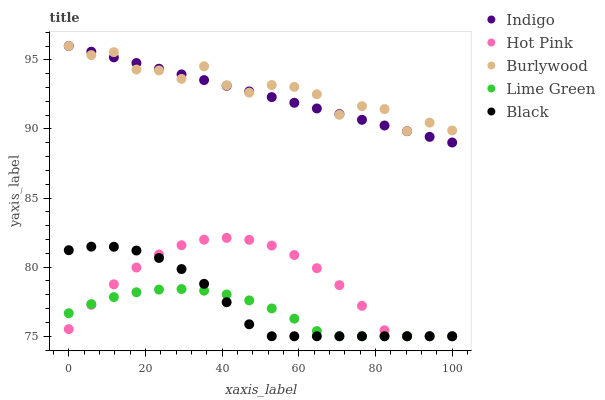
| xaxis_label | Indigo | Hot Pink | Burlywood | Lime Green | Black |
 | --- | --- | --- | --- | --- | --- |
 | 0 | 96 | 75.5 | 96 | 76.7 | 81.2 |
 | 5.88 | 95.6 | 77.3 | 95.3 | 77.3 | 81.5 |
 | 11.8 | 95.2 | 78.8 | 95.6 | 77.8 | 81.5 |
 | 17.6 | 94.8 | 80 | 94.3 | 78.2 | 81.2 |
 | 23.5 | 94.4 | 80.9 | 94.2 | 78.4 | 80.7 |
 | 29.4 | 93.9 | 81.6 | 93.6 | 78.4 | 79.9 |
 | 35.3 | 93.5 | 82 | 94.5 | 78.3 | 78.8 |
 | 41.2 | 93.1 | 82.1 | 93.2 | 78 | 77.5 |
 | 47.1 | 92.7 | 82 | 92.6 | 77.6 | 75.9 |
 | 52.9 | 92.3 | 81.6 | 93.2 | 77 | 75 |
 | 58.8 | 91.9 | 80.9 | 93 | 76.3 | 75 |
 | 64.7 | 91.5 | 79.9 | 92.5 | 75.4 | 75 |
 | 70.6 | 91.1 | 78.7 | 91 | 75 | 75 |
 | 76.5 | 90.7 | 77.2 | 91.6 | 75 | 75 |
 | 82.4 | 90.2 | 75.4 | 91.4 | 75 | 75 |
 | 88.2 | 89.8 | 75 | 89.8 | 75 | 75 |
 | 94.1 | 89.4 | 75 | 90.5 | 75 | 75 |
 | 100 | 89 | 75 | 89.9 | 75 | 75 |